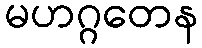
မဟဂ္ဂတေန